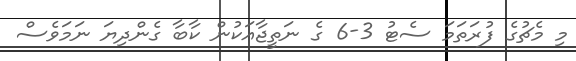
މި މެޗުގެ ފުރަތަމަ ސެޓު 3-6 ގެ ނަތީޖާއަކުން ކާބާ ގެންދިޔަ ނަމަވެސް